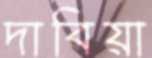
দাবিয়া